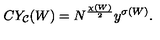
C Y _ { \cal C } ( W ) = N ^ { \frac { \chi ( W ) } { 2 } } y ^ { \sigma ( W ) } .